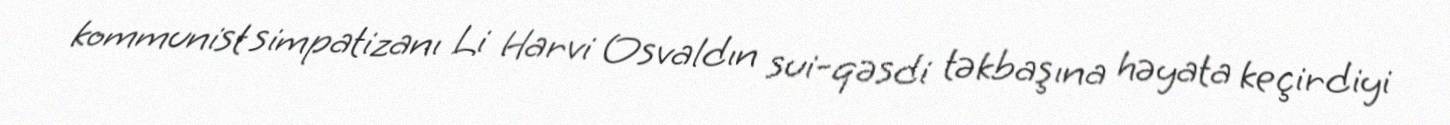
kommunist simpatizanı Li Harvi Osvaldın sui-qəsdi təkbaşına həyata keçirdiyi